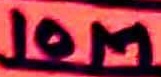
Text: 10M